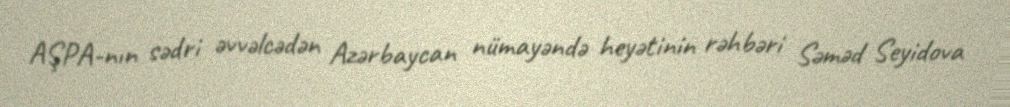
AŞPA-nın sədri əvvəlcədən Azərbaycan nümayəndə heyətinin rəhbəri Səməd Seyidova